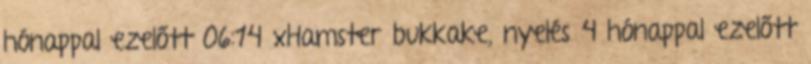
hónappal ezelőtt 06:14 xHamster bukkake, nyelés 4 hónappal ezelőtt